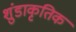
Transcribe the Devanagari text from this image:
शुंडाकृतिक